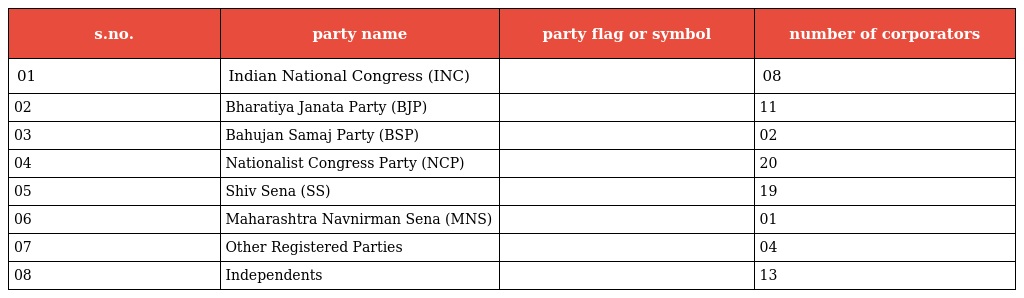
| s.no. | party name | party flag or symbol | number of corporators |
 | --- | --- | --- | --- |
 | 01 | Indian National Congress (INC) |  | 08 |
 | 02 | Bharatiya Janata Party (BJP) |  | 11 |
 | 03 | Bahujan Samaj Party (BSP) |  | 02 |
 | 04 | Nationalist Congress Party (NCP) |  | 20 |
 | 05 | Shiv Sena (SS) |  | 19 |
 | 06 | Maharashtra Navnirman Sena (MNS) |  | 01 |
 | 07 | Other Registered Parties |  | 04 |
 | 08 | Independents |  | 13 |